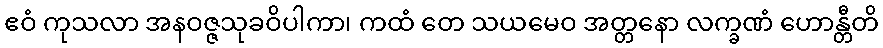
ဧဝံ ကုသလာ အနဝဇ္ဇသုခဝိပါကာ၊ ကထံ တေ သယမေဝ အတ္တနော လက္ခဏံ ဟောန္တီတိ